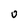
Character: O